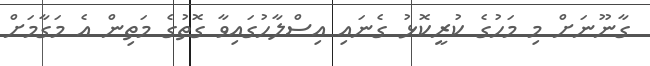
ގާނޫނަށް މި މަހުގެ ކުރީކޮޅު ގެނައި އިސްލާހުގައިވާ ގޮތުގެ މަތިން އެ މަގާމަށް